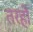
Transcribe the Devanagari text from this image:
तरहों